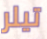
تيلر